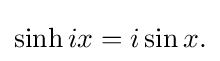
{\textstyle \sinh ix=i\sin x.}